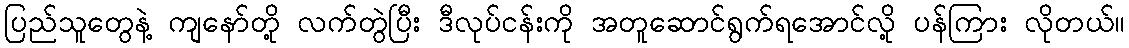
ပြည်သူတွေနဲ့ ကျနော်တို့ လက်တွဲပြီး ဒီလုပ်ငန်းကို အတူဆောင်ရွက်ရအောင်လို့ ပန်ကြား လိုတယ်။